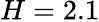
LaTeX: H=2.1